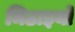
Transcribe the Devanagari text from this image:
मिठाइयो